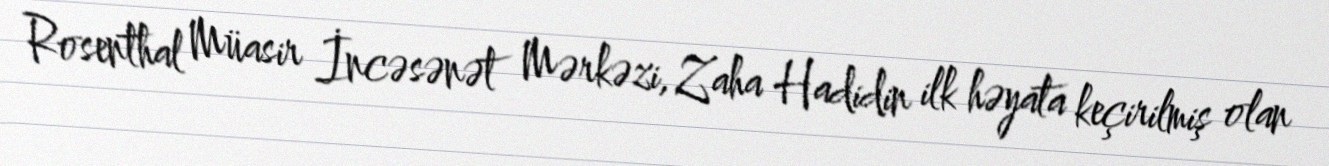
Rosenthal Müasir İncəsənət Mərkəzi, Zaha Hadidin ilk həyata keçirilmiş olan